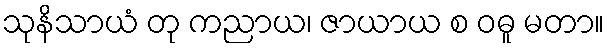
သုနိသာယံ တု ကညာယ၊ ဇာယာယ စ ဝဓူ မတာ။